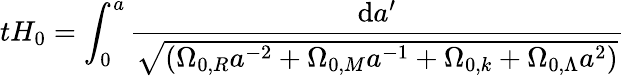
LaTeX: tH_{0}=\int_{0}^{a}{\frac{\mathrm{d}a^{\prime}}{\sqrt{(\Omega_{0,R}a^{-2}+\Omega_{0,M}a^{-1}+\Omega_{0,k}+\Omega_{0,\Lambda}a^{2})}}}